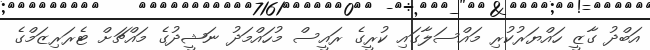
އަބްދު ގާޒީ ހައްޔަރުކުރި މައްސަލާގައި ކުރީގެ ރައީސް މުހައްމަދު ނަޝީދުގެ މައްޗަށް ޓެރަރިޒަމްގެ